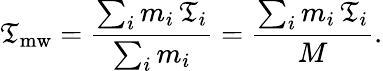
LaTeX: \mathfrak{T}_{\mathrm{{mw}}}=\frac{{\sum_{i}m_{i}\, \mathfrak{T}_{i}}}{{\sum_{i}m_{i}}}=\frac{{\sum_{i}m_{i}\, \mathfrak{T}_{i}}}{{M}}.